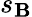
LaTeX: s_{\mathbf{B}}